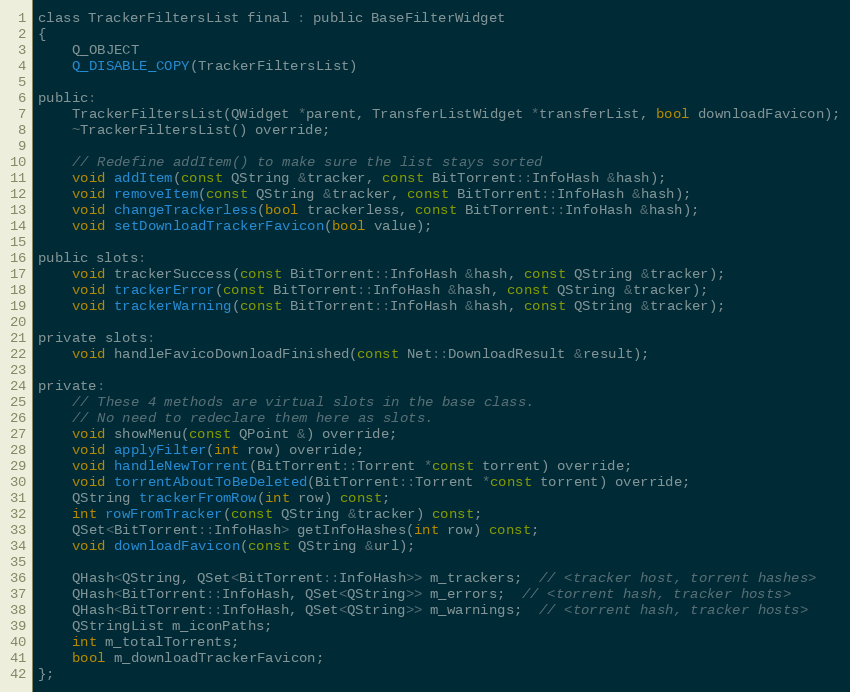
Language: C
class TrackerFiltersList final : public BaseFilterWidget
{
    Q_OBJECT
    Q_DISABLE_COPY(TrackerFiltersList)

public:
    TrackerFiltersList(QWidget *parent, TransferListWidget *transferList, bool downloadFavicon);
    ~TrackerFiltersList() override;

    // Redefine addItem() to make sure the list stays sorted
    void addItem(const QString &tracker, const BitTorrent::InfoHash &hash);
    void removeItem(const QString &tracker, const BitTorrent::InfoHash &hash);
    void changeTrackerless(bool trackerless, const BitTorrent::InfoHash &hash);
    void setDownloadTrackerFavicon(bool value);

public slots:
    void trackerSuccess(const BitTorrent::InfoHash &hash, const QString &tracker);
    void trackerError(const BitTorrent::InfoHash &hash, const QString &tracker);
    void trackerWarning(const BitTorrent::InfoHash &hash, const QString &tracker);

private slots:
    void handleFavicoDownloadFinished(const Net::DownloadResult &result);

private:
    // These 4 methods are virtual slots in the base class.
    // No need to redeclare them here as slots.
    void showMenu(const QPoint &) override;
    void applyFilter(int row) override;
    void handleNewTorrent(BitTorrent::Torrent *const torrent) override;
    void torrentAboutToBeDeleted(BitTorrent::Torrent *const torrent) override;
    QString trackerFromRow(int row) const;
    int rowFromTracker(const QString &tracker) const;
    QSet<BitTorrent::InfoHash> getInfoHashes(int row) const;
    void downloadFavicon(const QString &url);

    QHash<QString, QSet<BitTorrent::InfoHash>> m_trackers;  // <tracker host, torrent hashes>
    QHash<BitTorrent::InfoHash, QSet<QString>> m_errors;  // <torrent hash, tracker hosts>
    QHash<BitTorrent::InfoHash, QSet<QString>> m_warnings;  // <torrent hash, tracker hosts>
    QStringList m_iconPaths;
    int m_totalTorrents;
    bool m_downloadTrackerFavicon;
};